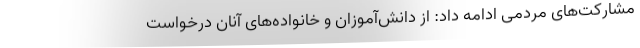
مشارکت‌های مردمی ادامه داد: از دانش‌آموزان و خانواده‌های آنان درخواست